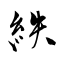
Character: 紩